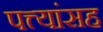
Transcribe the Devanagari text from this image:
पत्त्यांसह